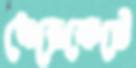
ধেরেকেটে